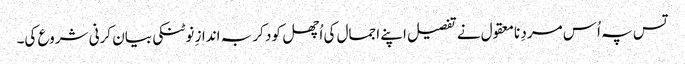
تس پہ اُس مردِ نامعقول نے تفصیل اپنے اجمال کی اُچھل کود کر بہ اندازِ نوٹنکی بیان کرنی شروع کی۔